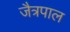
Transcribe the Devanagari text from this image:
जैत्रपाल